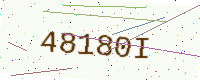
Text: 48180I